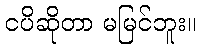
ငပိဆိုတာ မမြင်ဘူး။